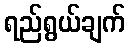
ရည်ရွယ်ချက်